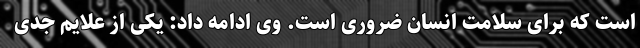
است که برای سلامت انسان ضروری است. وی ادامه داد: یکی از علایم جدی